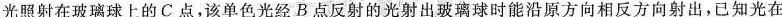
光照射在玻璃球上的C点，该单色光经B点反射的光射出玻璃球时能沿原方向相反方向射出，已知光在